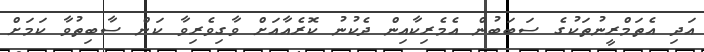
އަދި އެތަމްރީނުތަކުގެ ސަބަބުން އެމެރިކާއިން ދެކުނު ކޮރެއާއަށް ވާގިވެރިވާ ކަން ސާބިތުވާ ކަމަށް